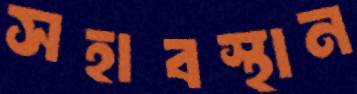
সহাবস্থান